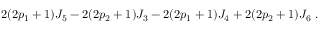
2 ( 2 p _ { 1 } + 1 ) J _ { 5 } - 2 ( 2 p _ { 2 } + 1 ) J _ { 3 } - 2 ( 2 p _ { 1 } + 1 ) J _ { 4 } + 2 ( 2 p _ { 2 } + 1 ) J _ { 6 } \ .